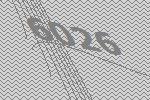
6026